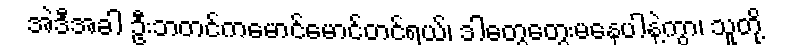
အဲဒီအခါ ဦးဘတင်ကမောင်မောင်တင်ရယ်၊ ဒါတွေတွေးမနေပါနဲ့ကွာ၊ သူတို့